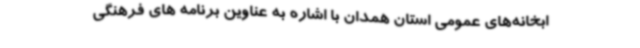
ابخانه‌های عمومی استان همدان با اشاره به عناوین برنامه های فرهنگی